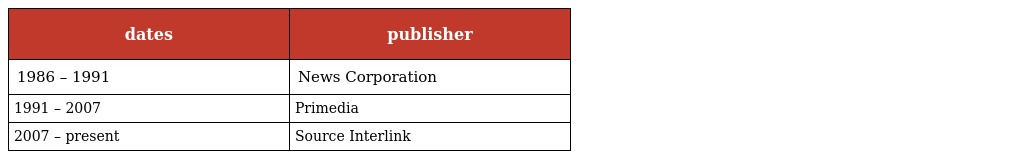
| dates | publisher |
 | --- | --- |
 | 1986 – 1991 | News Corporation |
 | 1991 – 2007 | Primedia |
 | 2007 – present | Source Interlink |